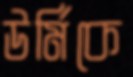
উর্মিকে